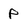
Character: p